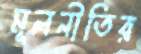
মূলনীতির